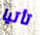
تأتيا